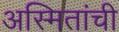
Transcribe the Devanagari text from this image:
अस्मितांची